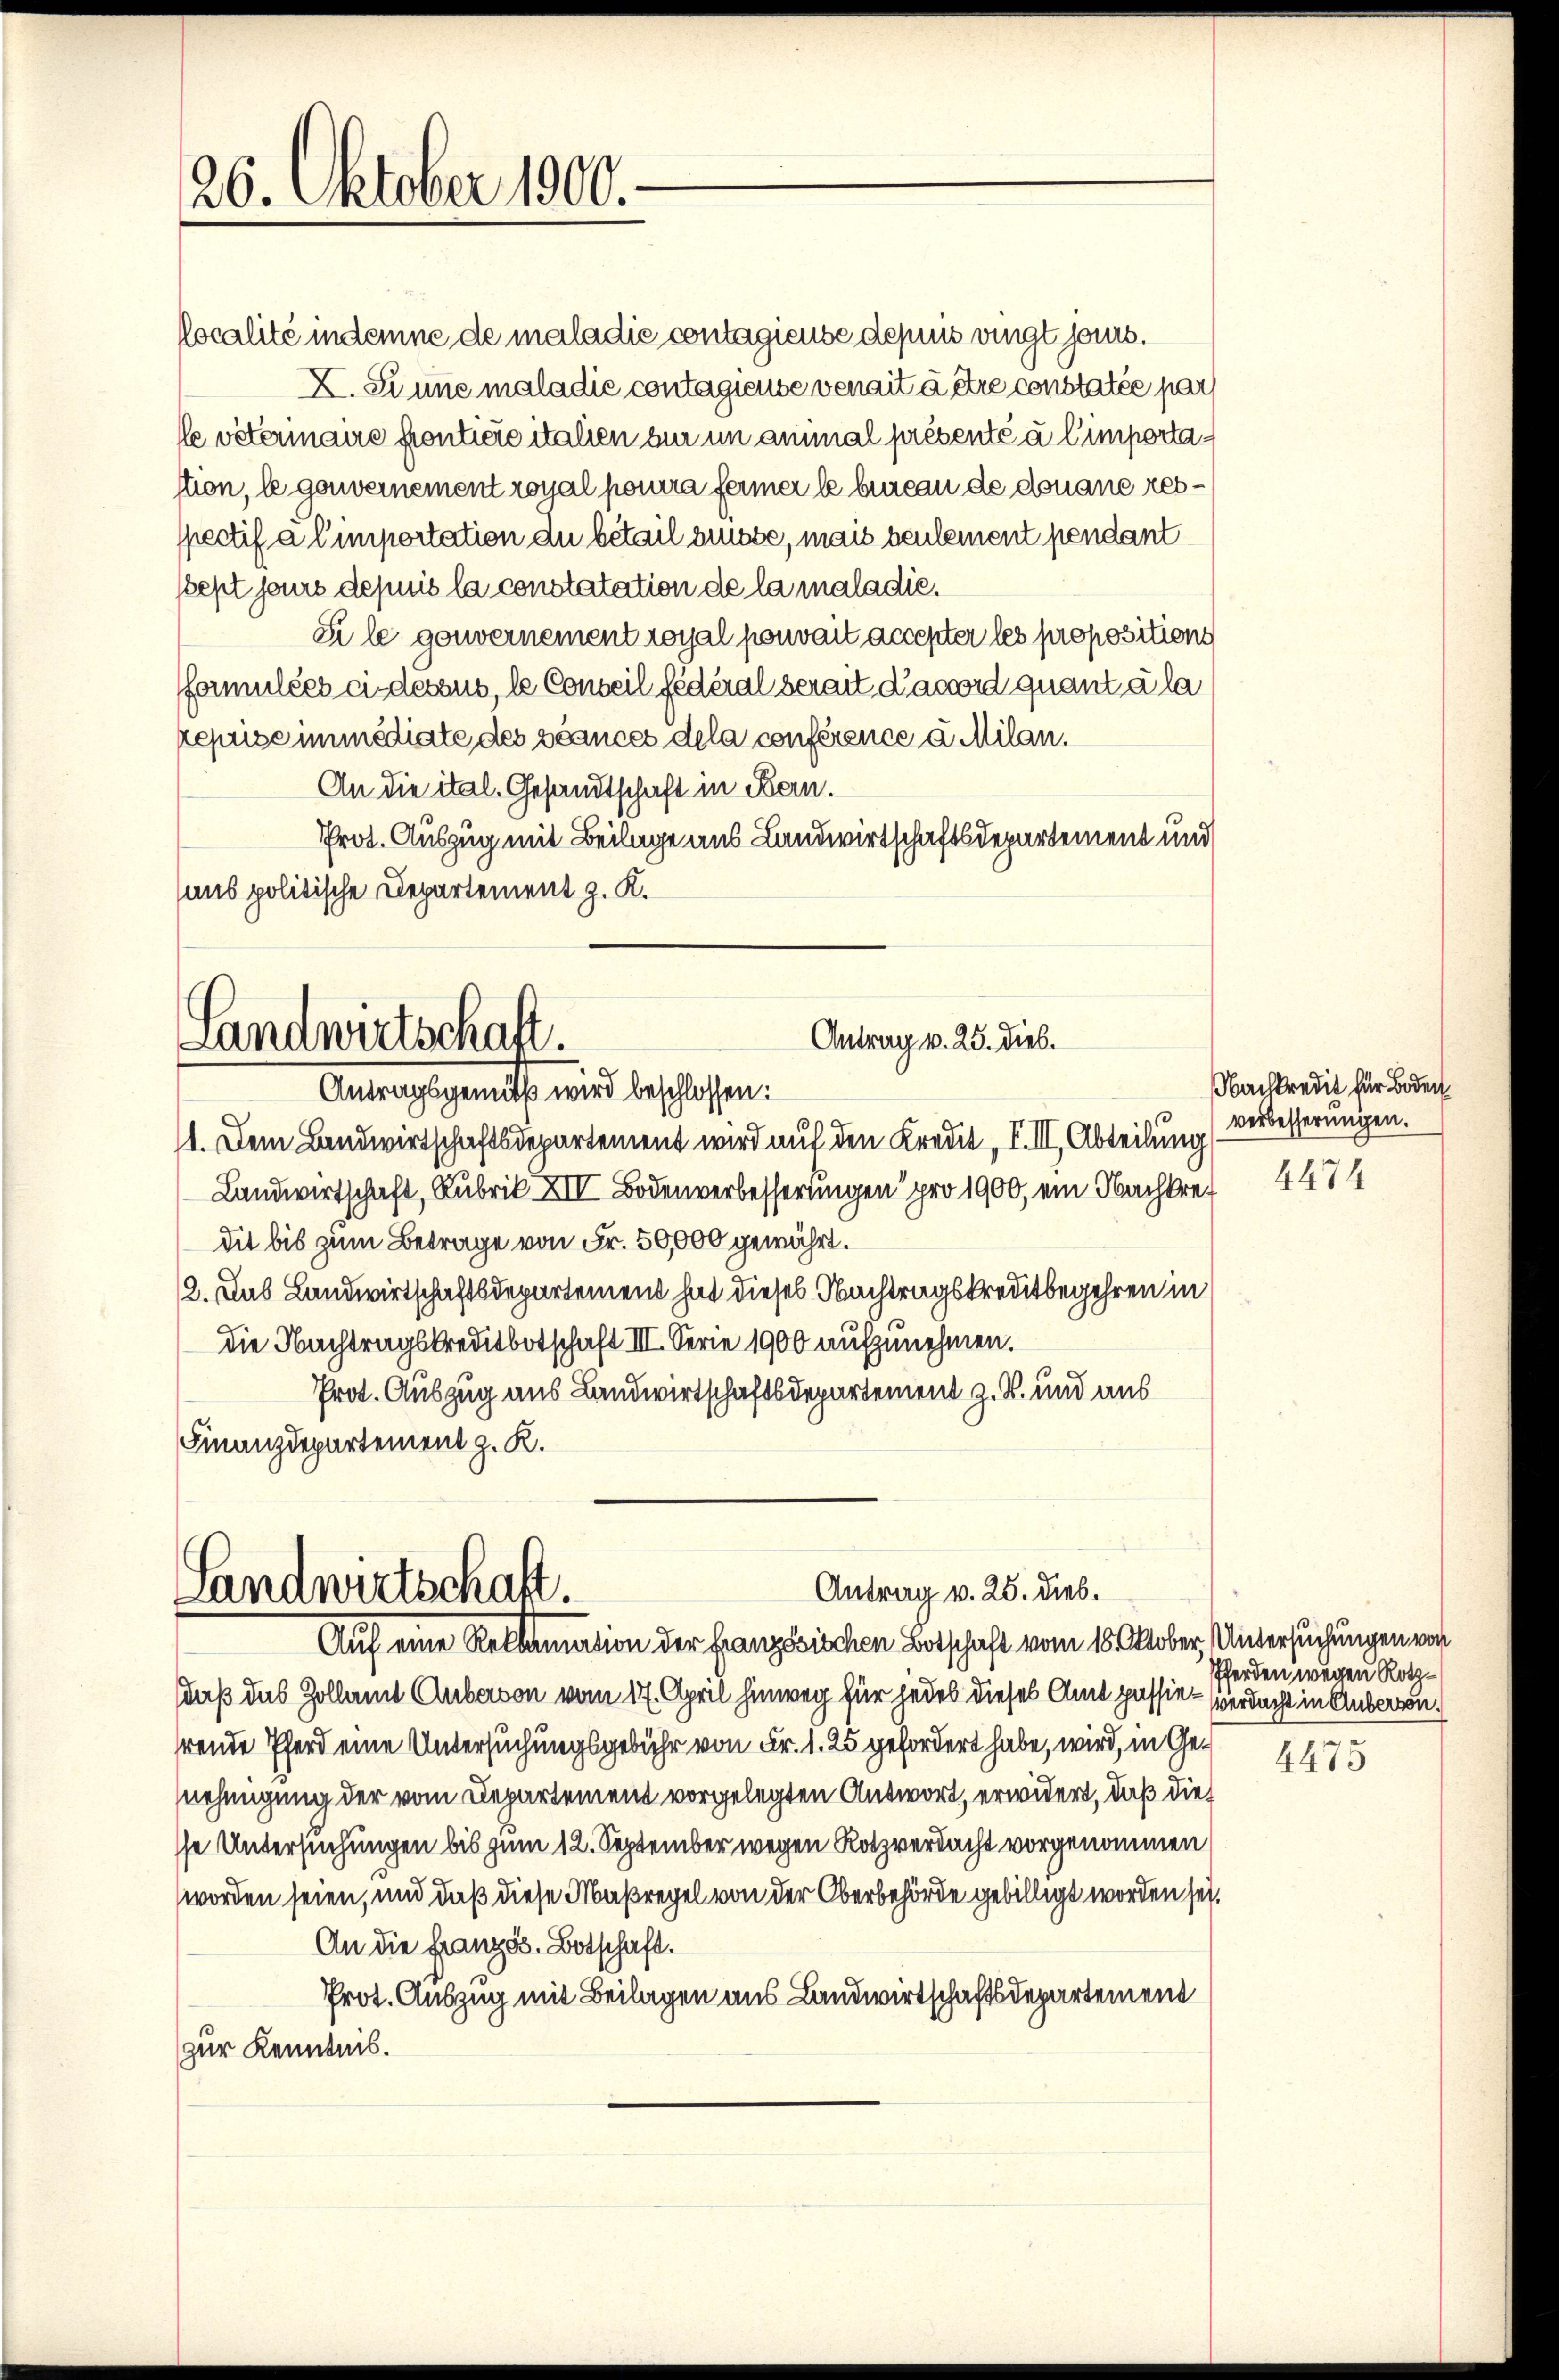
26. Oktober 1900.

Antrag v. 25. Dieb.
Landwirtschaft.

localité indemne de maladie contagieuse depuis vingt haus.
X. Sinne maladie contagieuse venait à être constatée par
leveterinaire frontiere italien zur um animal présenté à l’importastion, le gouvernement royal posura ferner le bureau de donaue resspectif à l’importation du bétail ausse, mais seulement pendant
sept jours depuis la constatation de la maladie.
Si le gouvernement royal pouvait accepter les propositions
formulées ci-dessus, le Conseil fédéral serait Lacord quant à la
zeprise immédiate des séances dela conférence u. Milan.
An die ital. Gesandtschaft in Bern.
Prot. Auszug mit Beilage aus Landwirtschaftsdepartement und
aus politische Departement z. K.

Antragsgemüts wird beschlossen:
11. Dem Landwirtschaftsdepartement wird auf den Kredit, I. III, Abteilung
Landwirtschaft, Rubrik XIII Bodenverbesserungen pro 1900, ein Nachkret
dit bis zum Betrage von Fr. 50,000 gewährt.
12. Das Landwirtschaftsdepartement hat dieses Nachtragskreditbegehren in
die Nachtragskreditbotschaft III. Serie 1900 aufzunehmen.
Prot. Auszug aus Landwirtschaftsdepartement z. B. und aus
Finanzdepartement z. K.

Antrag v. 25. dies.
Landwirtschaft.
Auf eine Reklamation der französischen Botschaft vom 18. Oktober Untersuchungen von

Nachkredit für Boden
verbesserungen.

saß das Zollamt Auberson vom 17. April hinweg für jedes dieses Amt passie-Verdacht in Anbergen.
hrende Pferd eine Untersuchungsgebühr von Fr. 1. 25 gefordert habe, wird, in Genehmigung der vom Departement vorgelegten Antwort, erwidert, daß dies
se Untersuchungen bis zum 12. September wegen Rotzverdacht vorgenommen
worden seien, und daß diese Maßregel von der Oberbehörde gebilligt worden sei.
An die Französ. Botschaft.
Prot. Auszug mit Beilagen aus Landwirtschaftsdepartement
zur Kenntnis.

4474

Pferden wegen Roth¬

4473